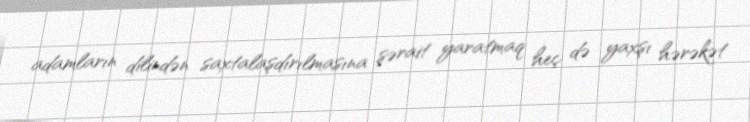
adamların dilindən saxtalaşdırılmasına şərait yaratmaq heç də yaxşı hərəkət